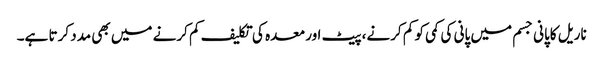
ناریل کاپانی جسم میں پانی کی کمی کو کم کرنے، پیٹ اور معدہ کی تکلیف کم کرنے میں بھی مدد کرتا ہے۔